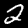
Digit: 2